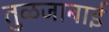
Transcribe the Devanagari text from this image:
तुळजाबाई